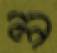
ল